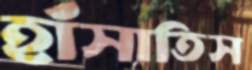
হাঁসাতিস